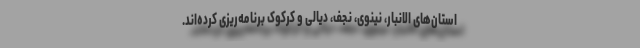
استان‌های الانبار، نینوی، نجف، دیالی و کرکوک برنامه‌ریزی کرده‌اند.